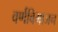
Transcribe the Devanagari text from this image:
वर्णविभाजन